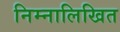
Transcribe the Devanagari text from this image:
निम्नालिखित